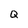
Character: Q